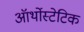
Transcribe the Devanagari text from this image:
ऑर्थोस्टेटिक